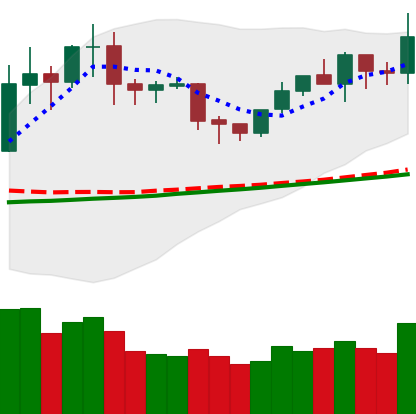
Ticker: NEO-USD
Chart end date: 2020-02-02
Forward return: 6.014%
Label: up_5_7